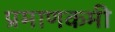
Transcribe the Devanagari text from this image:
प्रमाणकमी